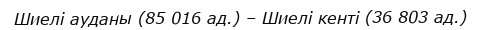
Шиелі ауданы (85 016 ад.) – Шиелі кенті (36 803 ад.)